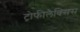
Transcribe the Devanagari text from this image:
ट्रोफीलैक्सिस